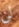
لن